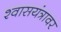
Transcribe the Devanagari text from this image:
श्वासयंत्रावर